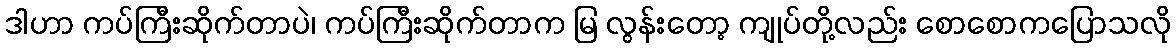
ဒါဟာ ကပ်ကြီးဆိုက်တာပဲ၊ ကပ်ကြီးဆိုက်တာက မြ လွန်းတော့ ကျုပ်တို့လည်း စောစောကပြောသလို